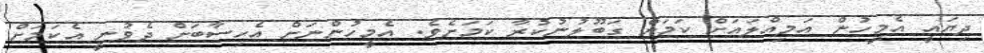
ދިޔައީ އެމީހުން އަމިއްލައަށް ކަމަށް ގަބޫލުނުކުރާ ކަމަށެވެ. އެމީހުންނަށް އެހިސާބަށް ދެވުނީ އެކަމަށް